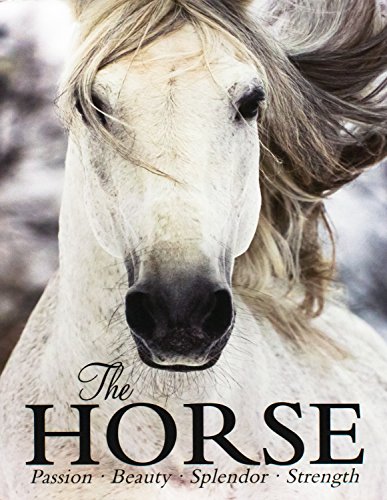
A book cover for The Horse; Parragon Books; Crafts, Hobbies & Home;